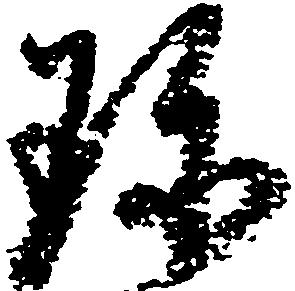
珍